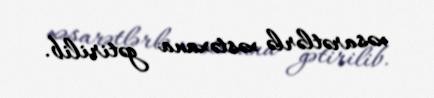
xəsarətlərlə xəstəxana gətirilib.